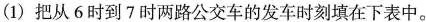
(1)把从6时到7时两路公交车的发车时刻填在下表中。